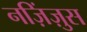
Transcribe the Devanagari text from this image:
नज़िंज़ुस